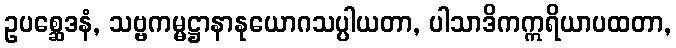
ဥပစ္ဆေဒနံ, သဗ္ဗကမ္မဋ္ဌာနာနုယောဂသပ္ပါယတာ, ပါသာဒိကဣရိယာပထတာ,